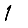
Digit: 1